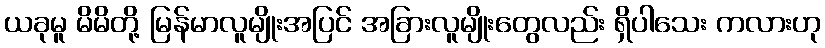
ယခုမူ မိမိတို့ မြန်မာလူမျိုးအပြင် အခြားလူမျိုးတွေလည်း ရှိပါသေး ကလားဟု